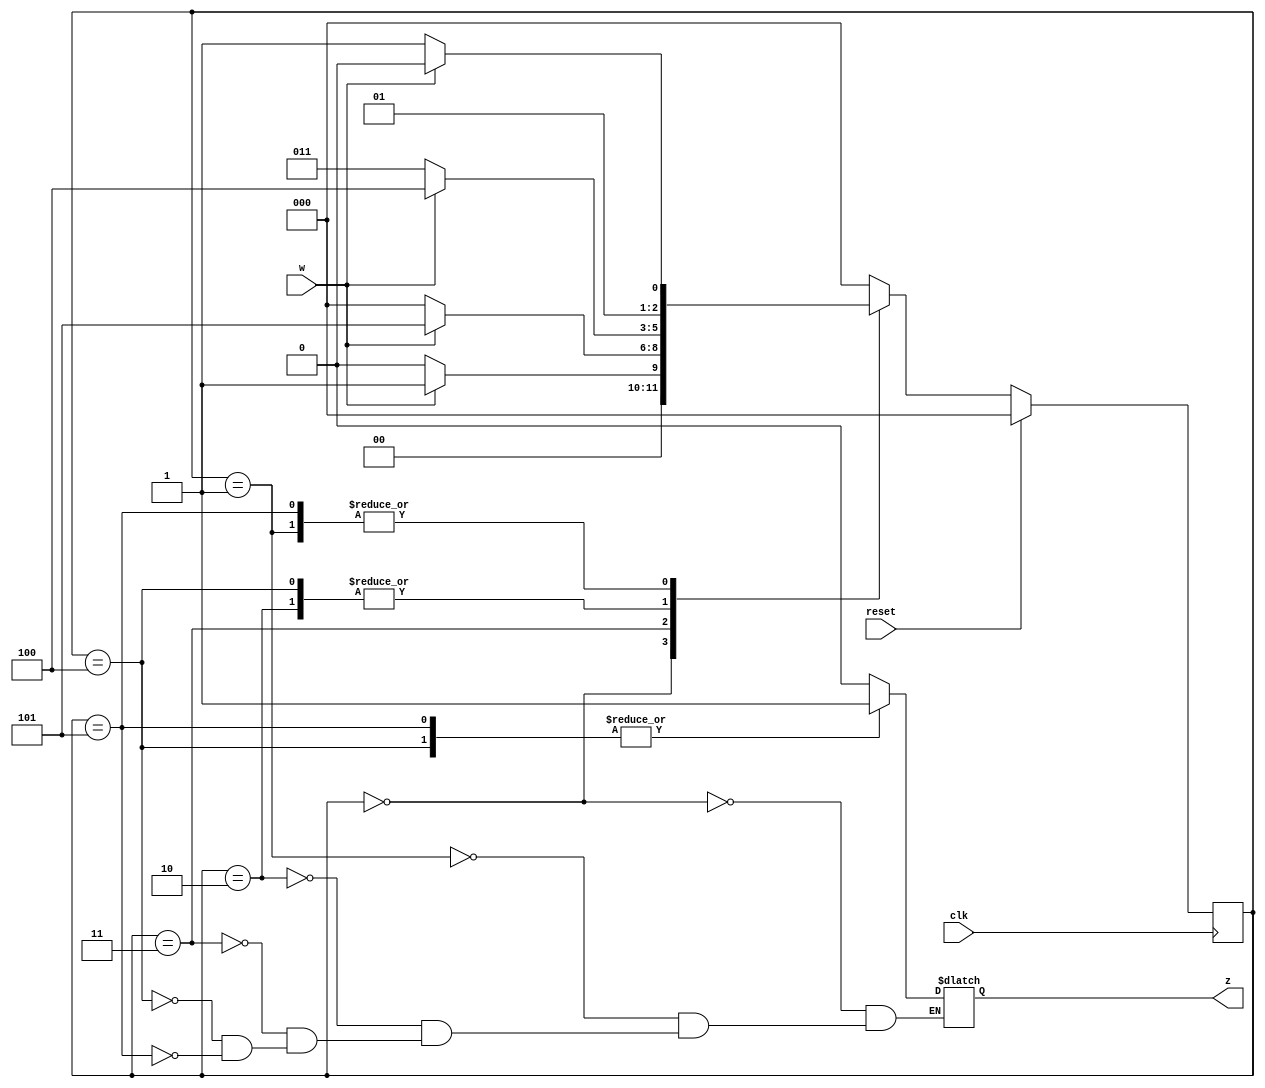
module top_module (
    input clk,
    input reset,   // Synchronous active-high reset
    input w,
    output z
);
    parameter A=3'd0, B=3'd1, C=3'd2, D=3'd3, E=3'd4, F=3'd5;
    reg [2:0] state,next_state;
    always@(posedge clk)
        begin
            if(reset) state<=A;
            else state<=next_state;
        end
    always@(*)
        begin
            case(state)
                A:begin next_state<=w?B:A;z<=1'b0; end
                B:begin next_state<=w?C:D;z<=1'b0; end
                C:begin next_state<=w?E:D;z<=1'b0; end
                D:begin next_state<=w?F:A;z<=1'b0; end
                E:begin next_state<=w?E:D;z<=1'b1; end
                F:begin next_state<=w?C:D;z<=1'b1; end
                default:next_state<=A;
            endcase
        end
endmodule